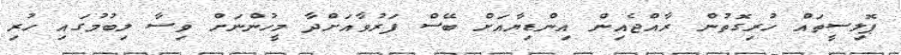
ޕޮލިސީތައް ހުރިގޮތުން ރާއްޖެއިން އިންޑިޔާއަށް ބޭސް ފަރުވާއަށްދާ މީހުންނަށް ވިސާ ލިބުމުގައި ހުރި